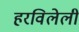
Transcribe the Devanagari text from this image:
हरविलेली